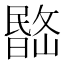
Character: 𣊽